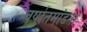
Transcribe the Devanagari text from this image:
वर्षातमांडता